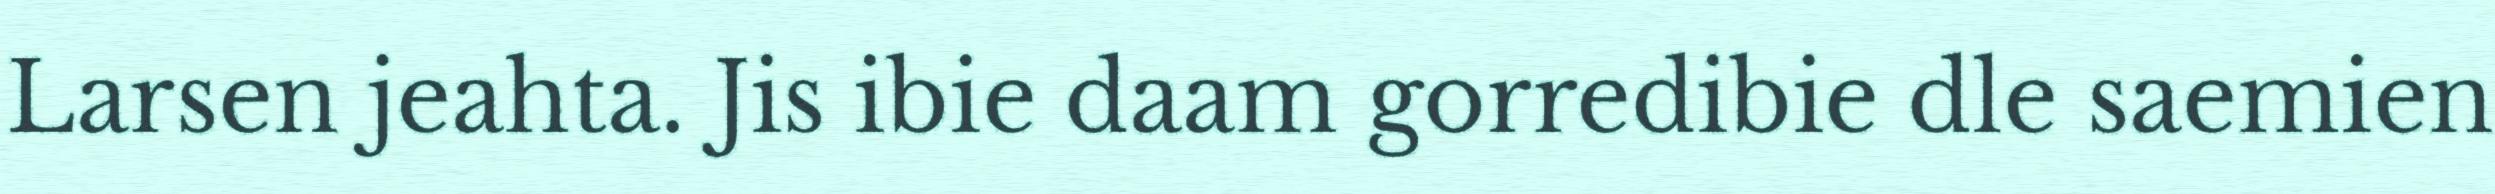
Larsen jeahta. Jis ibie daam gorredibie dle saemien